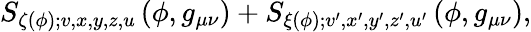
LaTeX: S_{\zeta(\phi);v,x,y,z,u}\left(\phi,g_{\mu\nu}\right)+S_{\xi(\phi);v^{\prime},x^{\prime},y^{\prime},z^{\prime},u^{\prime}}\left(\phi,g_{\mu\nu}\right),